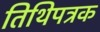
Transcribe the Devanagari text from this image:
तिथिपत्रक